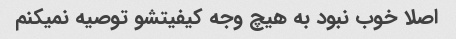
اصلا خوب نبود به هیچ وجه کیفیتشو توصیه نمیکنم